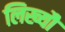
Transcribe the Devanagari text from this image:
लिख्यौ